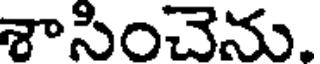
శాసించెను.